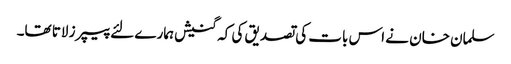
سلمان خان نے اس بات کی تصدیق کی کہ گنیش ہمارے لئے پیپرز لاتا تھا۔